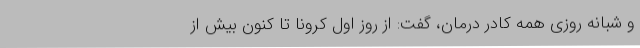
و شبانه روزی همه کادر درمان، گفت: از روز اول کرونا تا کنون بیش از